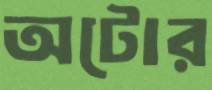
অটোর